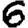
Digit: 6